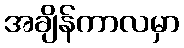
အချိန်ကာလမှာ